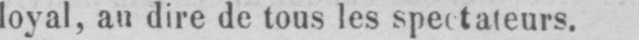
loyal, au dire de tous les spectateurs.